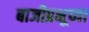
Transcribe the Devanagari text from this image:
बाजीप्रभूच्या